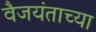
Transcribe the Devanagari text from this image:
वैजयंताच्या